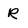
Character: R